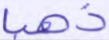
ذهبا